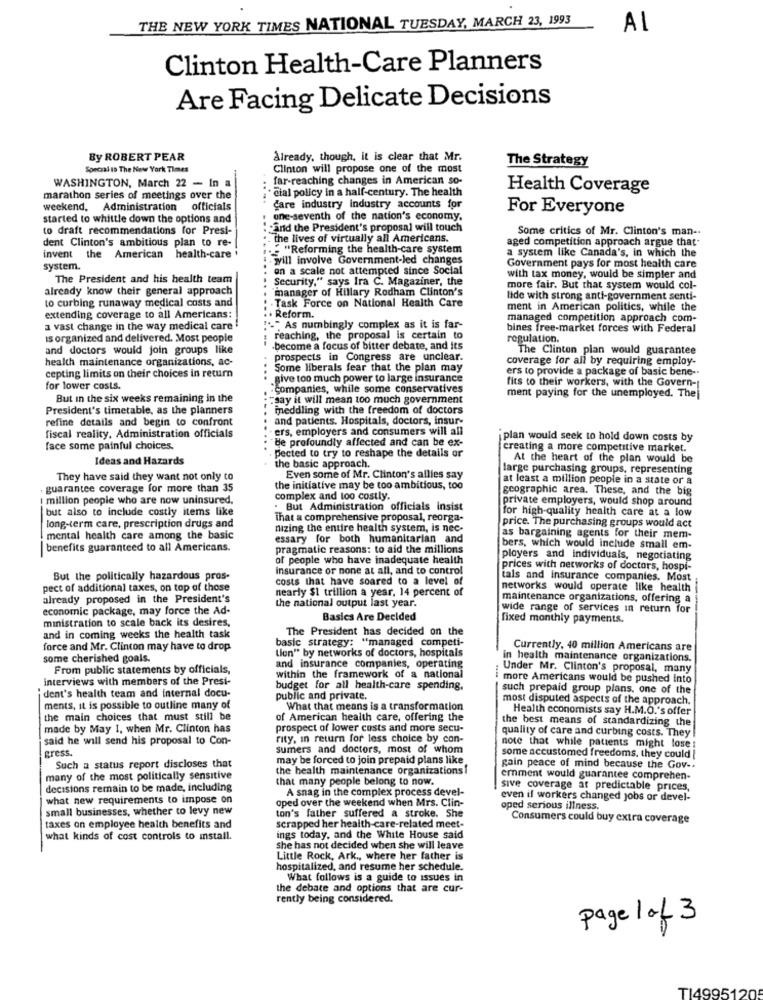
THE NEW YORK TIMES NATIONAL TUESDAY, MARCH 23, 1993
AL
Clinton Health-Care Planners
Are Facing Delicate Decisions
By ROBERT PEAR
Already, though, it is clear that Mr.
The Strategy
Special is The New York Times
Clinton will propose one of the most
far-reaching changes in American so-
WASHINGTON, March 22 - In a
· cial policy in a half-century. The health
Health Coverage
marathon series of meetings over the
weekend, Administration officials
Care industry industry accounts for
For Everyone
started to whittle down the options and
une-seventh of the nation's economy.
to draft recommendations for Presi-
and the President's proposal will touch
Some critics of Mr. Clinton's man -.
dent Clinton's ambitious plan to re-
. the lives of virtually all Americans.
aged competition approach argue that-
. "Reforming the health-care system
invent the American health-care
will involve Government-led changes
a system like Canada's, in which the
system.
on a scale not attempted since Social
Government pays for most health care
The President and his health team
Security," says Ira C. Magaziner, the
with tax money, would be simpler and
already know their general approach
manager of Hillary Rodham Clinton's
more fair. But that system would col-
to curbing runaway medical costs and
lide with strong anti-government senti-
Task Force on National Health Care
ment in American politics, while the
extending coverage to all Americans:
. Reform.
managed competition approach com-
a vast change in the way medical care
"." As numbingly complex as it is far-
bines free-market forces with Federal
is organized and delivered. Most people
reaching, the proposal is certain to
regulation.
and doctors would join groups like
become a focus of bitter debate, and its
The Clinton plan would guarantee
health maintenance organizations, ac-
prospects in Congress are unclear.
coverage for all by requiring employ-
Some liberals fear that the plan may
ers to provide a package of basic bene-
cepting limits on their choices in return
.give too much power to large insurance
fits to their workers, with the Govern-
for lower costs.
:companies, while some conservatives
But in the six weeks remaining in the
"say it will mean too much government
ment paying for the unemployed. The
President's timetable, as the planners
meddling with the freedom of doctors
refine details and begin to confront
and patients. Hospitals, doctors, insur-
ers, employers and consumers will all
fiscal reality, Administration officials
Be profoundly affected and can be ex-
plan would seek to hold down costs by
face some painful choices.
creating a more competitive market.
Ideas and Hazards
. pected to try to reshape the details or
At the heart of the plan would be
the basic approach.
large purchasing groups, representing
They have said they want not only to
Even some of Mr. Clinton's allies say
at least a million people in a state or a
guarantee coverage for more than 35
the initiative may be too ambitious, too
geographic area. These, and the big
million people who are now uninsured,
complex and too costly.
private employers, would shop around
but also to include costly items like
. But Administration officials insist
for high-quality health care at a low
That a comprehensive proposal, reorga-
price. The purchasing groups would act
long-term care, prescription drugs and
nizing the entire health system, is nec-
mental health care among the basic
essary for both humanitarian and
as bargaining agents for their mem-
benefits guaranteed to all Americans.
pragmatic reasons: to aid the millions
bers, which would include small em-
of people who have inadequate health
ployers and individuals, negotiating
insurance or none at all, and to control
prices with networks of doctors, hospi-
But the politically hazardous pros-
costs that have soared to a level of
tals and insurance companies. Most
pect of additional taxes, on top of those
nearly $1 trillion a year. 14 percent of
networks would operate like health
already proposed in the President's
the national output last year.
maintenance organizations, offering a
economic package, may force the Ad-
wide range of services in return for
ministration to scale back its desires,
Basics Are Decided
fixed monthly payments.
The President has decided on the
and in coming weeks the health task
basic strategy: "managed competi-
force and Mr. Clinton may have to drop.
Lion" by networks of doctors, hospitals
Currently, 40 million Americans are
some cherished goals.
in health maintenance organizations.
From public statements by officials,
and insurance companies, operating
Under Mr. Clinton's proposal, many
interviews with members of the Presi-
within the framework of a national
more Americans would be pushed into
budget for all health-care spending.
such prepaid group plans, one of the
ident's health team and internal docu-
public and private.
-
most disputed aspects of the approach.
ments, it is possible to outline many of
What that means is a transformation
Health economists say H.M.O.'s offer
the main choices that must still be
of American health care, offering the
made by May 1, when Mr. Clinton has
prospect of lower costs and more secu-
the best means of standardizing the
said he will send his proposal to Con-
rity, in return for less choice by con-
quality of care and curbing costs. They
gress.
sumers and doctors, most of whom
note that while patients might lose !
may be forced to join prepaid plans like
some accustomed freedoms. they could |
Such a status report discloses that
the health maintenance organizations!
gain peace of mind because the Gov -.
many of the most politically sensitive
that many people belong to now.
emment would guarantee comprehen-
decisions remain to be made, including
A snag in the complex process devel-
sive coverage at predictable prices,
what new requirements to impose on
oped over the weekend when Mrs. Clin-
even if workers changed jobs or devel-
small businesses, whether to levy new
oped serious illness.
ton's father suffered a stroke. She
Consumers could buy extra coverage
taxes on employee health benefits and
scrapped her health-care-related meet-
what kinds of cost controls to install.
ings today, and the White House said
she has not decided when she will leave
Little Rock, Ark ., where her father is
hospitalized, and resume her schedule.
What follows is a guide to issues in
the debate and options that are cur-
rently being considered.
page 1 of 3
T14995120